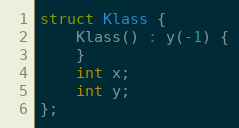
Language: C++
struct Klass {
    Klass() : y(-1) {
    }
    int x;
    int y;
};